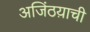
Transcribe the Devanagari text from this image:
अजिंठय़ाची